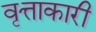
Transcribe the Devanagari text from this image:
वृत्ताकारी